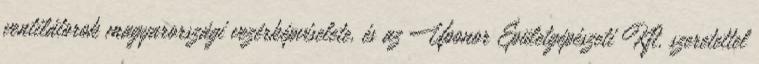
ventilátorok magyarországi vezérképviselete, és az Uponor Épületgépészeti Kft. szeretettel